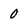
Character: 0